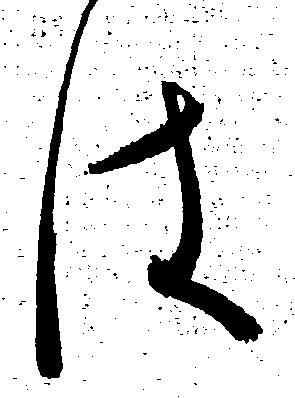
は